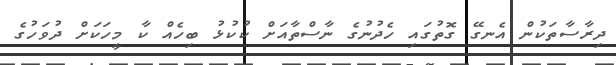
ދިރާސާތަކުން އެނގޭ ގޮތުގައި ހެދުނުގެ ނާސްތާއަށް ކުކުޅު ބިހެއް ކާ މީހަކަށް ދުވަހުގެ